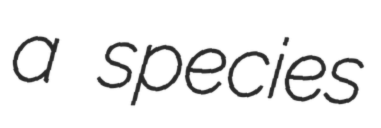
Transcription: a species